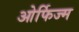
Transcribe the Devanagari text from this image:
ओर्फिज्म